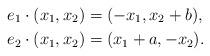
LaTeX: \begin{align*}e_1\cdot(x_1,x_2)&=(-x_1,x_2+b),\\e_2\cdot(x_1,x_2)&=(x_1+a,-x_2).\end{align*}